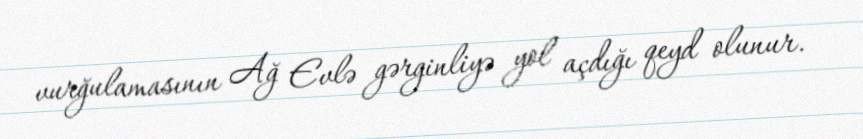
vurğulamasının Ağ Evlə gərginliyə yol açdığı qeyd olunur.